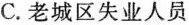
C.老城区失业人员